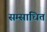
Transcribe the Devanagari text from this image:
सम्साधित